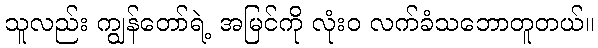
သူလည်း ကျွန်တော်ရဲ့ အမြင်ကို လုံးဝ လက်ခံသဘောတူတယ်။